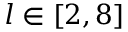
l \in [ 2 , 8 ]